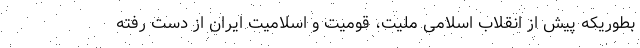
بطوریکه پیش از انقلاب اسلامی ملیت، قومیت و اسلامیت ایران از دست رفته